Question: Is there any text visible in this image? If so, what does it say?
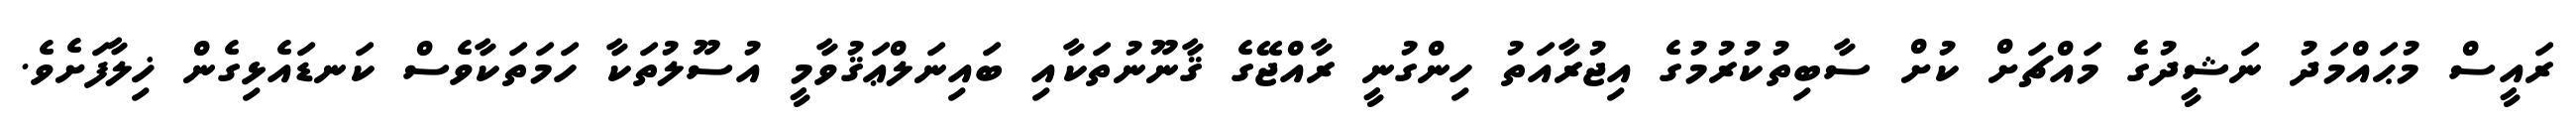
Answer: ރައީސް މުޙައްމަދު ނަޝީދުގެ މައްޗަށް ކުށް ސާބިތުކުރުމުގެ އިޖުރާއަތު ހިންގުނީ ރާއްޖޭގެ ޤާނޫނުތަކާއި ބައިނަލްޢަޤުވާމީ އުސޫލުތަކާ ހަމަތަކާވެސް ކަނޑައެޅިގެން ޚިލާފަށެވެ.